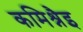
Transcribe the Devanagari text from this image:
कमिश्नैइ